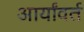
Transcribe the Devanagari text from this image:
आर्यांवर्त